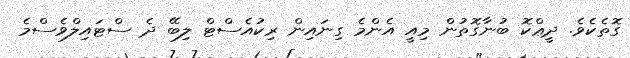
ގޮތެކެވެ. ދީޢްކޮ ބުނާގޮތުން މިއީ އެންމެ ގިނައިން ރިކުއެސްޓް ލިބޭ ދެ ސްޓައިލްވެސްމެ